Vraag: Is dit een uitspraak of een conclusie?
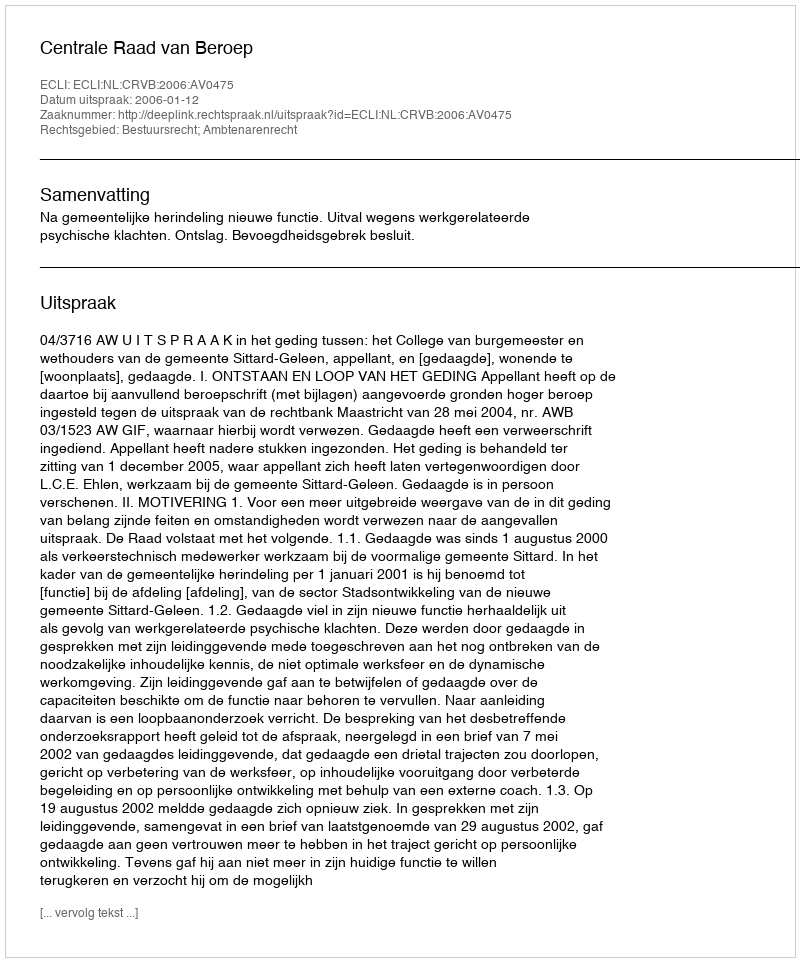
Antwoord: Uitspraak